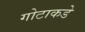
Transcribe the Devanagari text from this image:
गोटाकडे